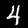
Label: 4